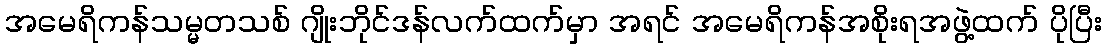
အမေရိကန်သမ္မတသစ် ဂျိုးဘိုင်ဒန်လက်ထက်မှာ အရင် အမေရိကန်အစိုးရအဖွဲ့ထက် ပိုပြီး